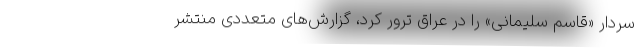
سردار «قاسم سلیمانی» را در عراق ترور کرد، گزار‌ش‌های متعددی منتشر